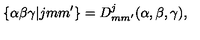
\{ \alpha \beta \gamma | j m m ^ { \prime } \} = D _ { m m ^ { \prime } } ^ { j } ( \alpha , \beta , \gamma ) ,